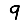
Digit: 9